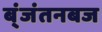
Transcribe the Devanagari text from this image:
ब्ंजंतनबज